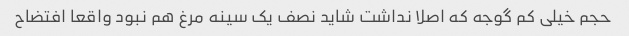
حجم خیلی کم گوجه که اصلا نداشت شاید نصف یک سینه مرغ هم نبود واقعا افتضاح